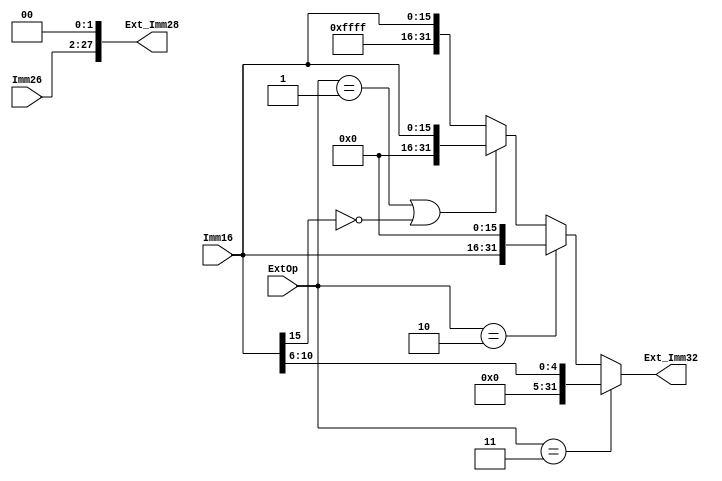
`timescale 1ns / 1ps

module ext(
	Imm16,Imm26,ExtOp,Ext_Imm32,Ext_Imm28
    );
	input [15:0] Imm16;
	input [25:0] Imm26;
	input [1:0] ExtOp;
	output [31:0] Ext_Imm32;
	output [27:0] Ext_Imm28;

	assign Ext_Imm28 = {Imm26,2'b0};

	parameter LOGIC_I = 2'b01, LUI = 2'b10, SHIFT = 2'b11;

	assign Ext_Imm32 = (ExtOp == SHIFT)?{27'b0,Imm16[10:6]}:
					   (ExtOp == LUI)?{Imm16,16'b0}:
					   (ExtOp == LOGIC_I | Imm16[15]==0)?{16'b0,Imm16}:
					   {16'hffff,Imm16};
endmodule